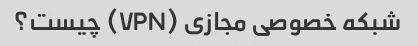
شبکه خصوصی مجازی (VPN) چیست؟